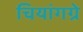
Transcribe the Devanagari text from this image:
चियांगग्रे